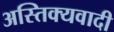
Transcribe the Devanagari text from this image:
अस्तिक्यवादी